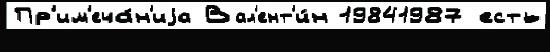
Пр'им'еча́н'иjа Вал'ент'и́н 19841987 есть